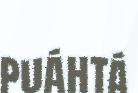
puáhtá